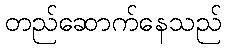
တည်ဆောက်နေသည်